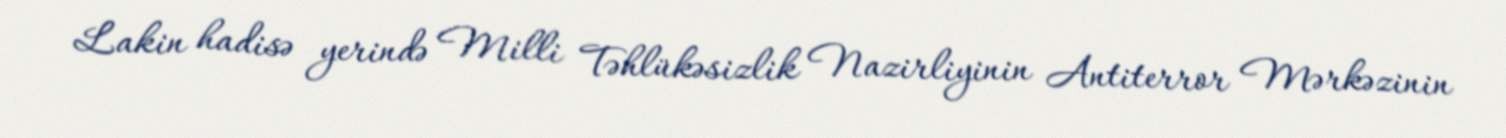
Lakin hadisə yerində Milli Təhlükəsizlik Nazirliyinin Antiterror Mərkəzinin